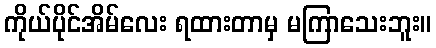
ကိုယ်ပိုင်အိမ်လေး ရထားတာမှ မကြာသေးဘူး။